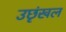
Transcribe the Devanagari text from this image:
उछृंखल